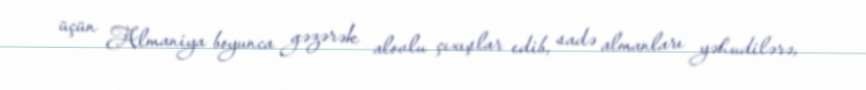
üçün Almaniya boyunca gəzərək alovlu çıxışlar edib, sadə almanları yəhudilərə,